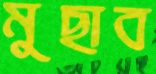
মুছাব